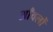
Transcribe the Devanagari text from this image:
आँवलों